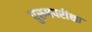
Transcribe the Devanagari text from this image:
पुरुषपरीक्षा